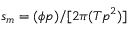
s _ { m } = ( \phi p ) / [ 2 \pi ( T p ^ { 2 } ) ]